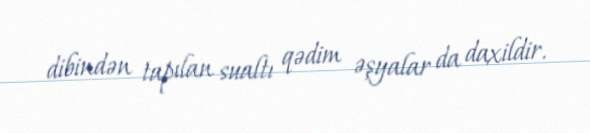
dibindən tapılan sualtı qədim əşyalar da daxildir.